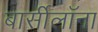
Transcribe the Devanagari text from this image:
बार्सीलॉना